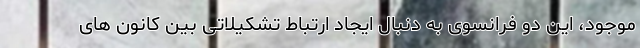
موجود، این دو فرانسوی به دنبال ایجاد ارتباط تشکیلاتی بین کانون های